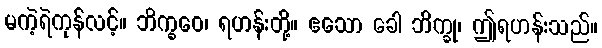
မကဲ့ရဲကုန်လင့်။ ဘိက္ခဝေ၊ ရဟန်းတို့။ ဧသော ခေါ ဘိက္ခု၊ ဤရဟန်းသည်။